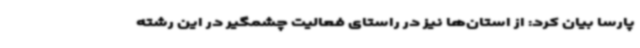
پارسا بیان کرد: از استان‌ها نیز در راستای فعالیت چشمگیر در این رشته